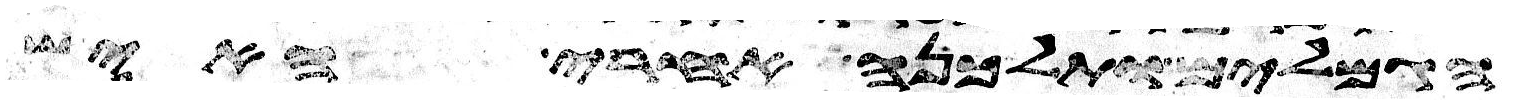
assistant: הגמלים ותלכנה אחרי האיש